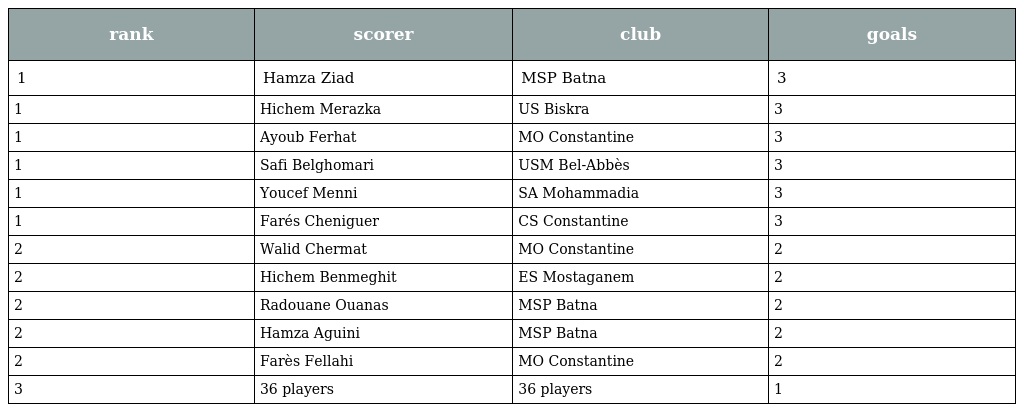
| rank | scorer | club | goals |
 | --- | --- | --- | --- |
 | 1 | Hamza Ziad | MSP Batna | 3 |
 | 1 | Hichem Merazka | US Biskra | 3 |
 | 1 | Ayoub Ferhat | MO Constantine | 3 |
 | 1 | Safi Belghomari | USM Bel-Abbès | 3 |
 | 1 | Youcef Menni | SA Mohammadia | 3 |
 | 1 | Farés Cheniguer | CS Constantine | 3 |
 | 2 | Walid Chermat | MO Constantine | 2 |
 | 2 | Hichem Benmeghit | ES Mostaganem | 2 |
 | 2 | Radouane Ouanas | MSP Batna | 2 |
 | 2 | Hamza Aguini | MSP Batna | 2 |
 | 2 | Farès Fellahi | MO Constantine | 2 |
 | 3 | 36 players | 36 players | 1 |